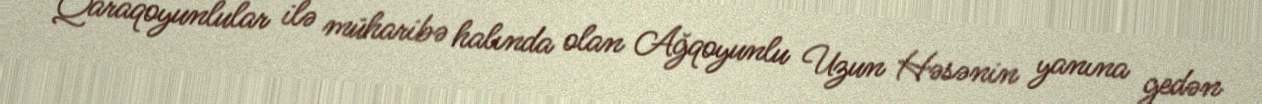
Qaraqoyunlular ilə müharibə halında olan Ağqoyunlu Uzun Həsənin yanına gedən